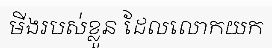
មីងរបស់ខ្លួន ដែលលោកយក